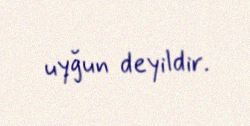
uyğun deyildir.